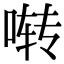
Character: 啭